Annual report of the Imperial Bacteriologist
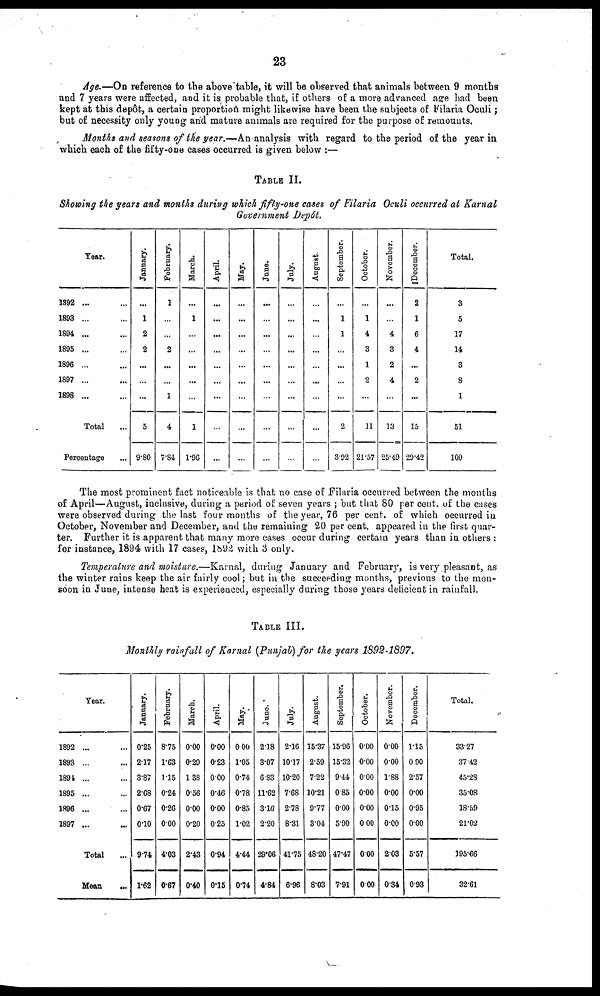
23
Age.—On reference to the above table, it will be observed that animals between 9 months
and 7 years were affected, and it is probable that, if others of a more advanced age had been
kept at this depôt, a certain proportion might likewise have been the subjects of Filaria Oculi ;
but of necessity only young and mature animals are required for the purpose of remounts.
Months and seasons of the year.—An analysis with regard to the period of the year in
which each of the fifty-one cases occurred is given below :—
TABLE II.
Showing the years and months during which fifty-one cases of Filaria Oculi occurred at Karnal
Government Depôt.
Year.
1892 ... ...
1893 ... ...
1894 ... ...
1895 ... ...
1896 ... ...
1897 ... ...
1898 ... ...
Total ...
Percentage
January.
...
1
2
2
...
...
...
5
9.80
February.
1
...
...
2
...
...
1
4
7.84
March.
...
1
...
...
...
...
...
1
1.96
April.
...
...
...
...
...
...
...
...
...
May.
...
...
...
...
...
...
...
...
...
June.
...
...
...
...
...
...
...
...
July.
...
...
...
...
...
...
...
...
...
August.
...
...
...
...
...
...
...
...
...
September.
...
1
1
...
...
...
...
2
3.92
October.
...
1
4
3
1
2
...
11
21.57
November.
...
...
4
3
2
4
...
13
25.49
December.
2
1
6
4
...
2
...
15
29.42
Total.
3
5
17
14
3
8
1
51
100
The most prominent fact noticeable is that no case of Filaria occurred between the months
of April—August, inclusive, during a period of seven years ; but that 80 per cent. of the cases
were observed during the last four months of the year, 76 per cent. of which occurred in
October, November and December, and the remaining 20 per cent. appeared in the first quar-
ter. Further it is apparent that many more cases occur during certain years than in others :
for instance, 1894 with 17 cases, 1892 with 3 only.
Temperature and moisture.—Karnal, during January and February, is very pleasant, as
the winter rains keep the air fairly cool; but in the succeeding months, previous to the mon-
soon in June, intense heat is experienced, especially during those years deficient in rainfall.
TABLE III.
Monthly rainfall of Karnal (Punjab) for the years 1892-1897.
Year.
1892 ... ...
1893 ... ...
1894 ... ...
1895 ... ...
1896 ... ...
1897 ... ...
Total
...
Mean
...
January.
0.25
2.17
3.87
2.68
0.67
0.10
9.74
1.62
February.
8.75
1.63
1.15
0.24
0.26
0.00
4.03
0.67
March.
0.00
0.29
1.38
0.56
0.00
0.20
2.43
0.40
April.
0.00
0.23
0.00
0.46
0.00
0.25
0.94
0.15
May.
0.00
1.05
0.74
0.78
0.85
1.02
4.44
0.74
June.
2.18
3.07
6.83
11.62
3.16
2.20
29.06
4.84
July.
2.16
10.17
10.20
7.68
2.78
8.31
41.75
6.96
August.
15.37
2.59
7.22
10.21
9.77
3.04
48.20
8.03
September.
15.96
15.32
9.44
0.85
0.00
5.90
47.47
7.91
October.
0.00
0.00
0.00
0.00
0.00
0.00
0.00
0.00
November.
0.00
0.00
1.88
0.00
0.15
0.00
2.03
0.34
December.
1.15
0.90
2.57
0.00
0.95
0.00
5.57
0.93
Total.
33.27
37.42
45.28
35.08
18.59
21.02
195.66
32.61